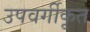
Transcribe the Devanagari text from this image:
उपवर्गीकृत